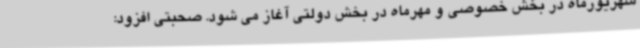
شهریورماه در بخش خصوصی و مهرماه در بخش دولتی آغاز می شود. صحبتی افزود: